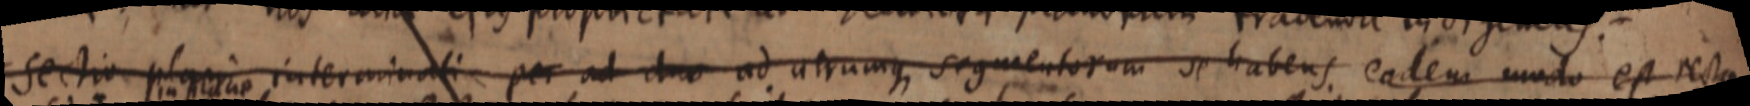
sectio plani interminali per ad duo ad atrumque segmentorum se habens eadem modo est recta